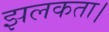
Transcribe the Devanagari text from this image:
झलकता।